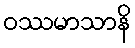
ဝဿမာသာနိ